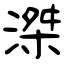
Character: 滐